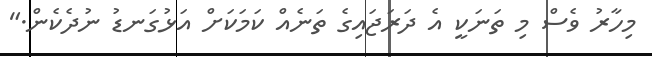
މިހާރު ވެސް މި ތަނަކީ އެ ދަރަޖައިގެ ތަނެއް ކަމަކަށް އަޅުގަނޑު ނުދެކެން."